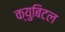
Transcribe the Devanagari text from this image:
क्युबिटल